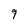
Character: 9